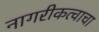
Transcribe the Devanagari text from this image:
नागरीकत्वाचा